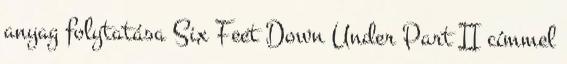
anyag folytatása Six Feet Down Under Part II címmel